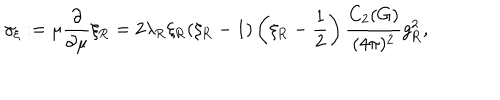
LaTeX: \gamma _ { \xi } : = \mu \frac \partial { \partial \mu } \xi _ { \mathrm { R } } = 2 \lambda _ { \mathrm { R } } \xi _ { \mathrm { R } } ( \xi _ { \mathrm { R } } - 1 ) \left( \xi _ { \mathrm { R } } - { \frac { 1 } { 2 } } \right) \frac { C _ { 2 } ( G ) } { ( 4 \pi ) ^ { 2 } } g _ { \mathrm { R } } ^ { 2 } ,